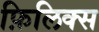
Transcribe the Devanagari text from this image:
फ़िलिक्स